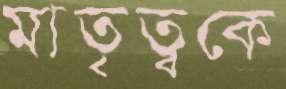
মাতৃত্বকে